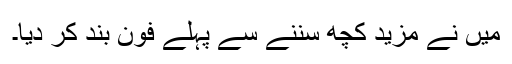
میں نے مزید کچھ سننے سے پہلے فون بند کر دیا۔